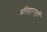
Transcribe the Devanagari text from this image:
प्रतिहारमूर्ती